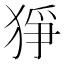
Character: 猙